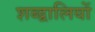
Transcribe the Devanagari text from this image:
शब्द्वालियों